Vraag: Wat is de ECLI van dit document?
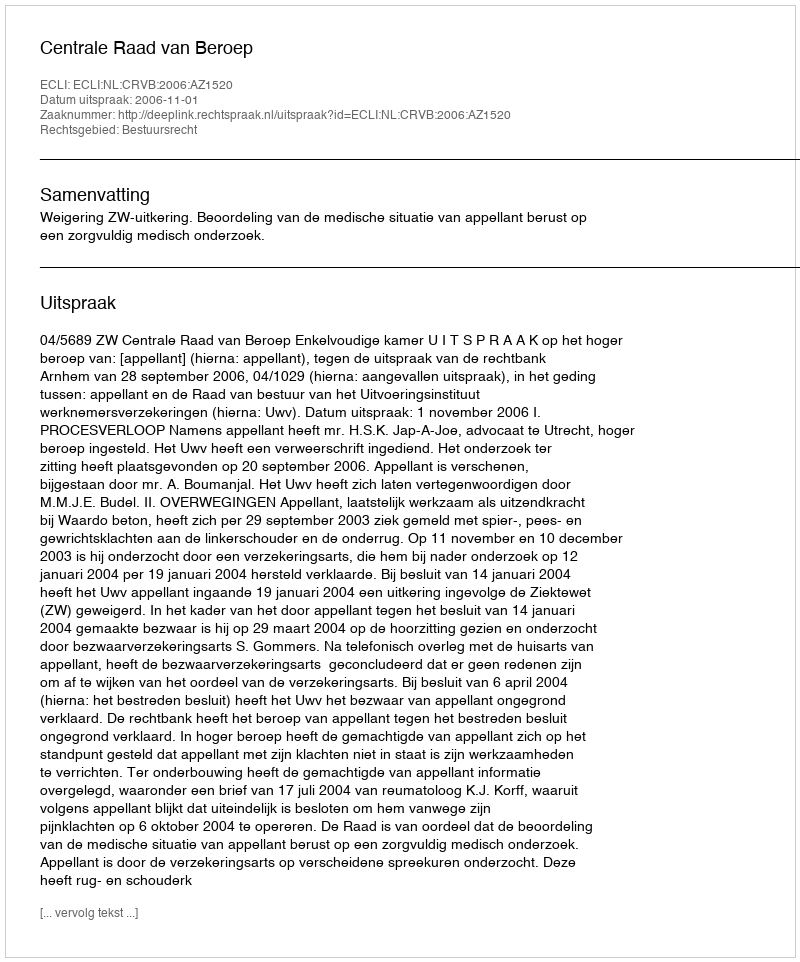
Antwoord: ECLI:NL:CRVB:2006:AZ1520